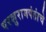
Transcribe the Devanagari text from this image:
परशुरामपंतांचे